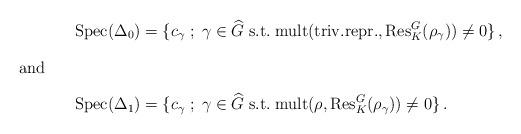
LaTeX: \begin{align*}\mathrm{Spec}(\Delta_0)&=\{c_{\gamma}\;;\;\gamma\in\widehat{G}\;\mathrm{s.t.}\;\mathrm{mult}(\mathrm{triv.repr.},\mathrm{Res}^{G}_{K}(\rho_{\gamma}))\neq0\}\,,\\\intertext{and}\mathrm{Spec}(\Delta_1)&=\{c_{\gamma}\;;\;\gamma\in\widehat{G}\;\mathrm{s.t.}\;\mathrm{mult}(\rho,\mathrm{Res}^{G}_{K}(\rho_{\gamma}))\neq0\}\,.\end{align*}